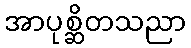
အာပုစ္ဆိတသညာ